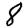
Digit: 8